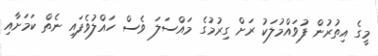
މީގެ އިތުރުން ފުވައްމުލަކު ރަށް ގިރުމުގެ މައްސަލަ ވެސް ހައްލުވެފައި ނެތް ކަމަށާއި